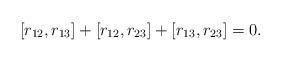
LaTeX: \begin{align*}[r_{12},r_{13}]+[r_{12},r_{23}]+[r_{13},r_{23}]=0.\end{align*}